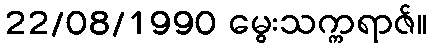
22/08/1990 မွေးသက္ကရာဇ်။